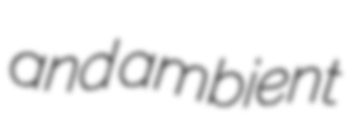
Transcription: and ambient